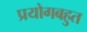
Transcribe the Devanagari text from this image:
प्रयोगबहुत